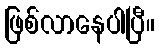
ဖြစ်လာနေပါပြီ။